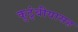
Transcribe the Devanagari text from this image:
कुटुंबीयासह